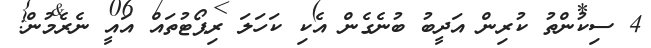
4 ސިކުންތު ކުރިން އަދީބު ބުނެގެން އެކި ކަހަލަ ރިޕޯޓުތައް އައީ ނެރެމުން: